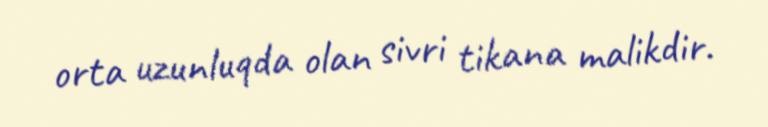
orta uzunluqda olan sivri tikana malikdir.